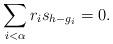
LaTeX: \begin{align*}\sum_{i<\alpha}r_is_{h-g_i}=0.\end{align*}